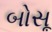
બોસૂ